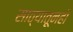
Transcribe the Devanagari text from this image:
साठ्यातूनही